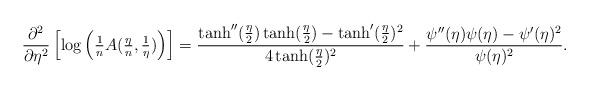
LaTeX: \begin{align*}\frac{\partial^2}{\partial \eta^2} \left[ \log\left(\tfrac{1}{n} A(\tfrac{\eta}{n},\tfrac{1}{\eta})\right) \right] = \frac{\tanh''(\tfrac{\eta}{2}) \tanh(\tfrac{\eta}{2}) - \tanh'(\tfrac{\eta}{2})^2}{4 \tanh(\tfrac{\eta}{2})^2} + \frac{\psi''(\eta) \psi(\eta) - \psi'(\eta)^2}{\psi(\eta)^2}.\end{align*}